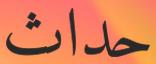
حداث